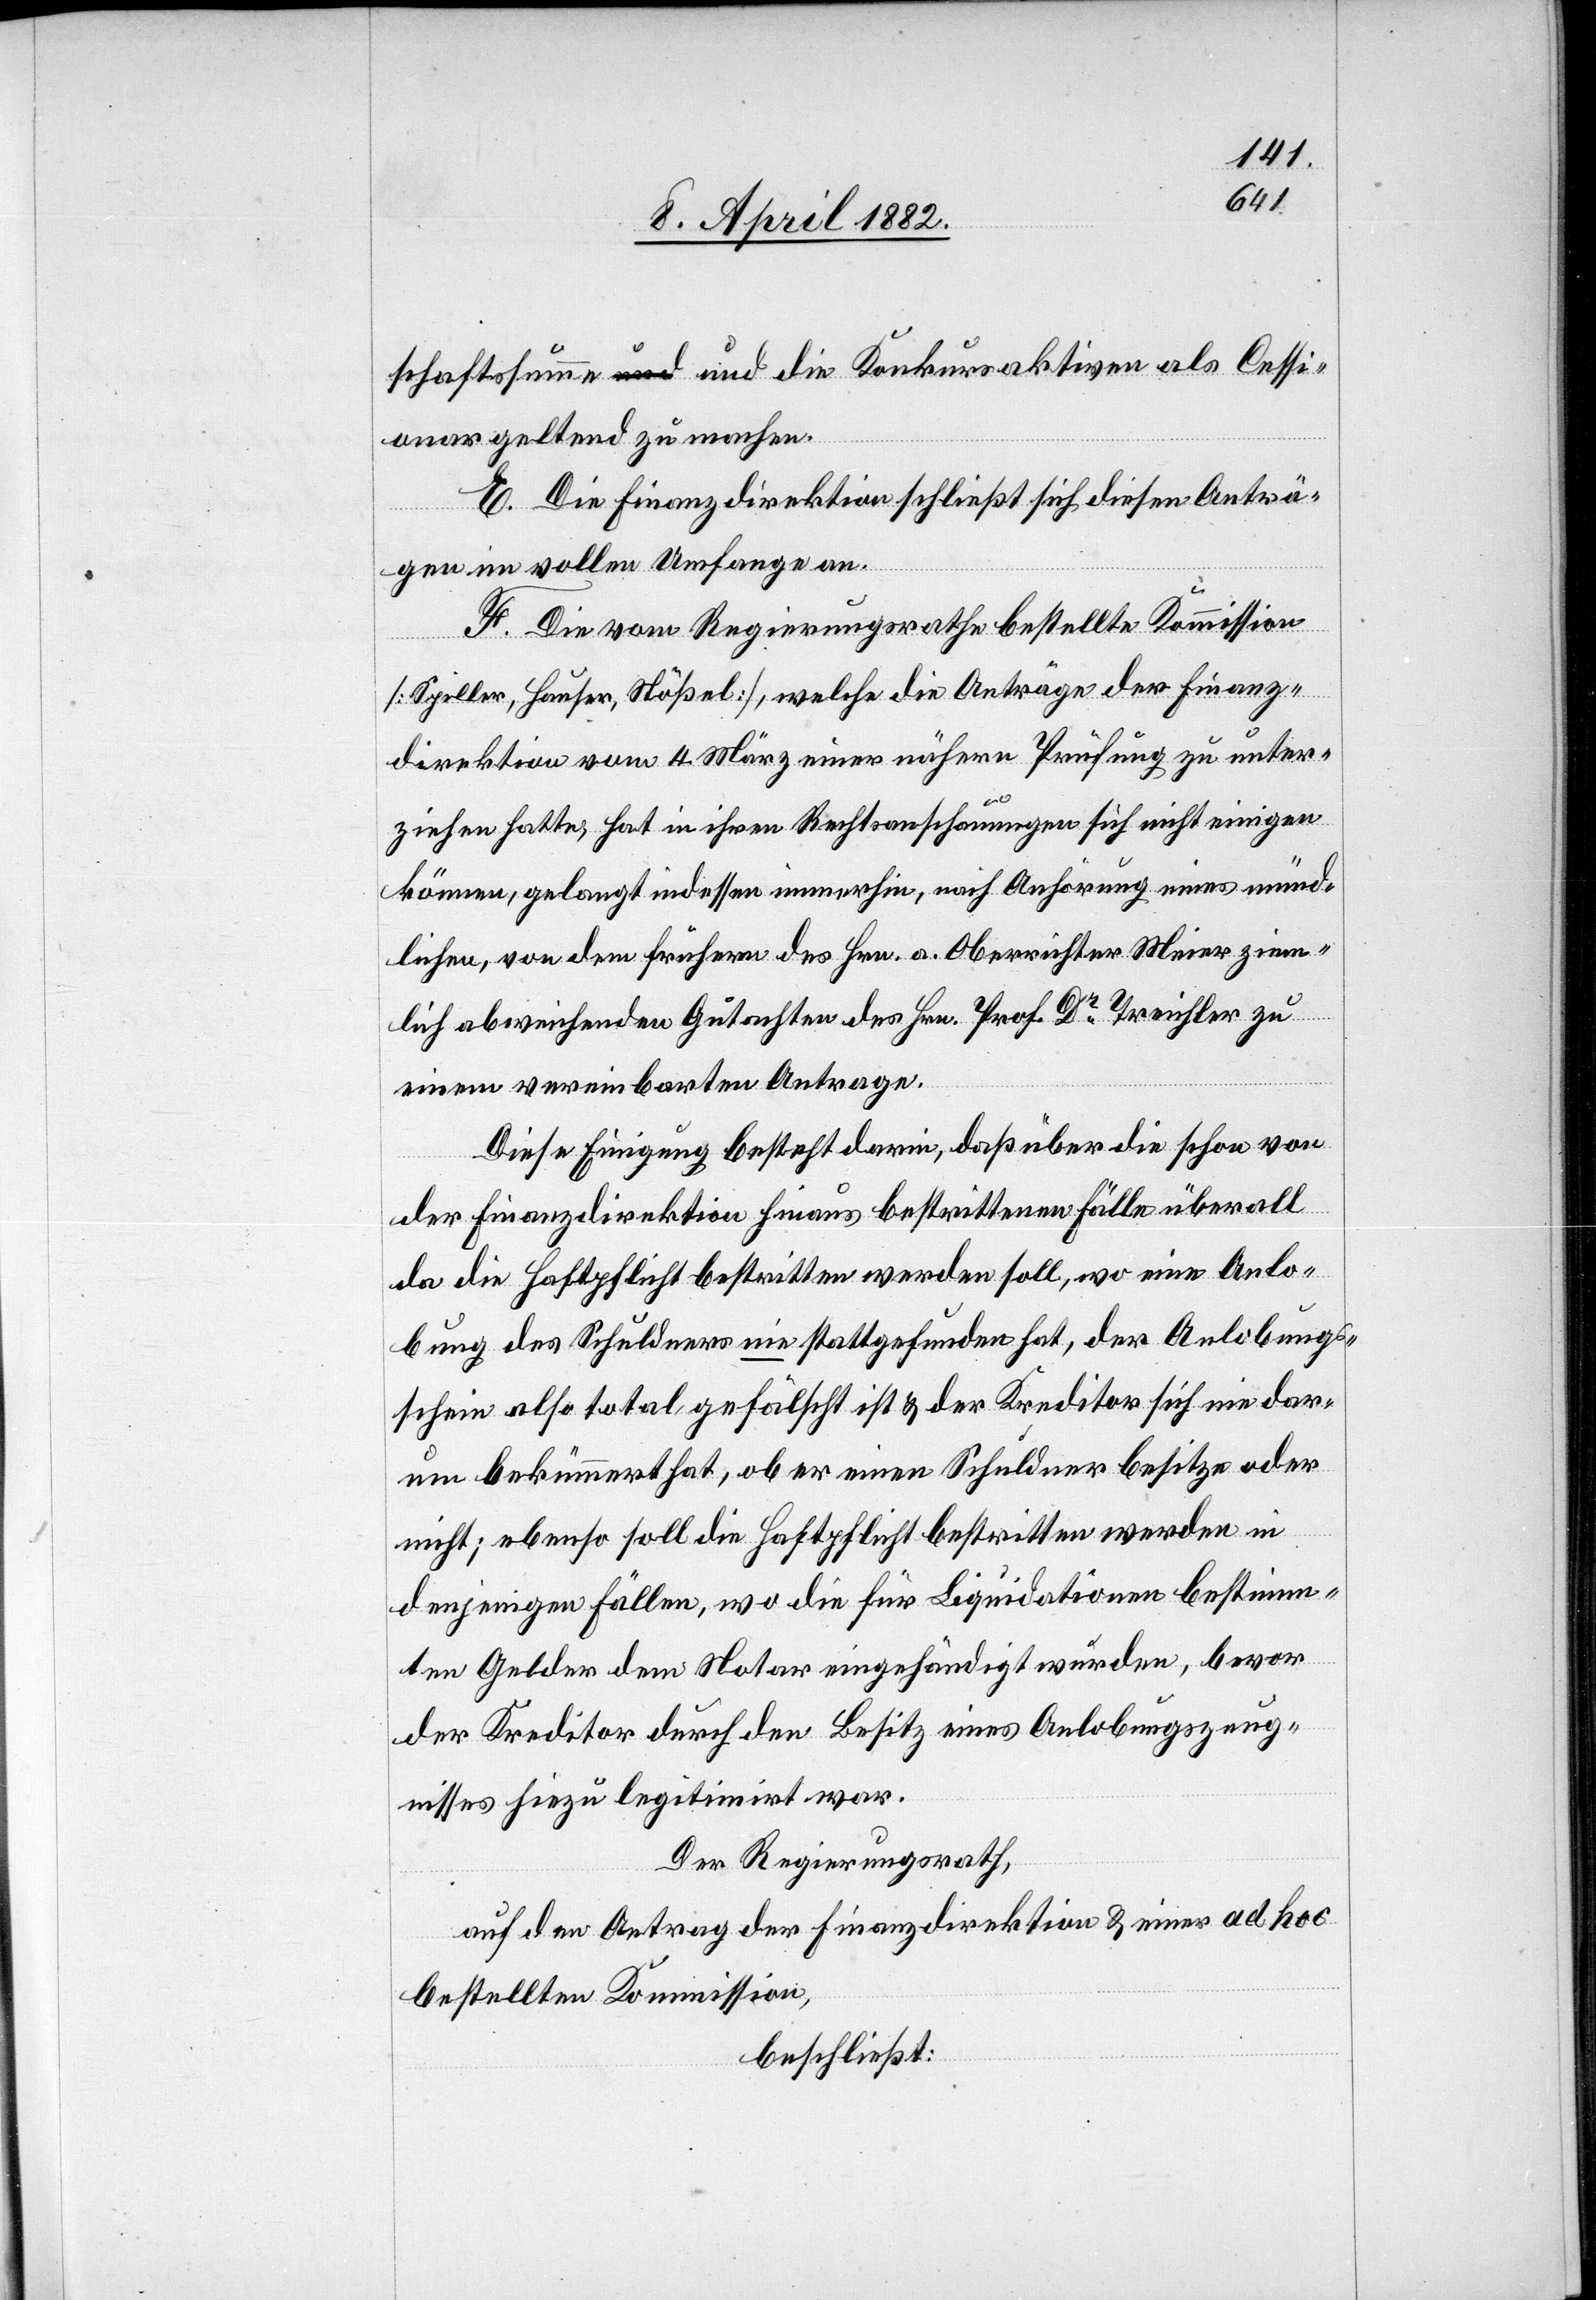
schaftssumme und die Konkursaktiven als Cessi¬
onar geltend zu machen.
E. Die Finanzdirektion schließt sich diesen Anträ¬
gen im vollen Umfange an.
F. Die vom Regierungsrathe bestellte Kommission
[Spiller, Hauser, Stößel], welche die Anträge der Finanz¬
direktion vom 4. März einer nähern Prüfung zu unter¬
ziehen hatte, hat in ihren Rechtsanschauungen sich nicht einigen
können, gelangt indessen immerhin, nach Anhörung eines münd¬
lichen, von dem frühern des Hrn. a. Oberrichter Meier ziem¬
lich abweichenden Gutachten des Hrn. Prof. Dr Treichler zu
einem vereinbarten Antrage.
Diese Einigung besteht darin, daß über die schon von
der Finanzdirektion hinaus bestrittenen Fälle überall
da die Haftpflicht bestritten werden soll, wo eine Anlo¬
bung des Schuldners nie stattgefunden hat, der Anlobungs¬
schein also total gefälscht ist & der Kreditor sich nie dar¬
um bekümmert hat, ob er einen Schuldner besitze oder
nicht; ebenso soll die Haftpflicht bestritten werden in
denjenigen Fällen, wo die für Liquidationen bestimm¬
ten Gelder dem Notar eingehändigt wurden, bevor
der Kreditor durch den Besitz eines Anlobungszeug¬
nisses hiezu legitimirt war.
Der Regierungsrath,
auf den Antrag der Finanzdirektion & einer ad hoc
bestellten Kommission,
beschließt: